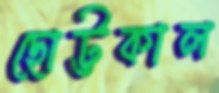
ছোট্টকাল